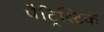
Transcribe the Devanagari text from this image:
पैट्रिस्टिक